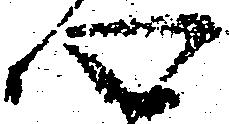
心